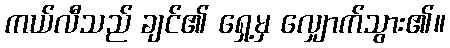
ကယ်လီသည် ချင်၏ ရှေ့မှ လျှောက်သွား၏။